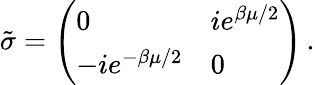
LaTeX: \tilde{\sigma}=\left(\begin{array}{ll}{{0}}&{{ie^{\beta\mu/2}}}\\ {{-ie^{-\beta\mu/2}}}&{{0}}\end{array}\right)\, .